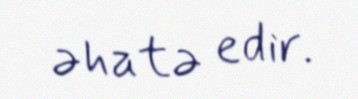
əhatə edir.